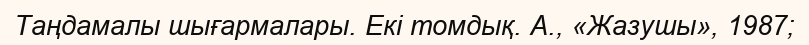
Таңдамалы шығармалары. Екі томдық. А., «Жазушы», 1987;